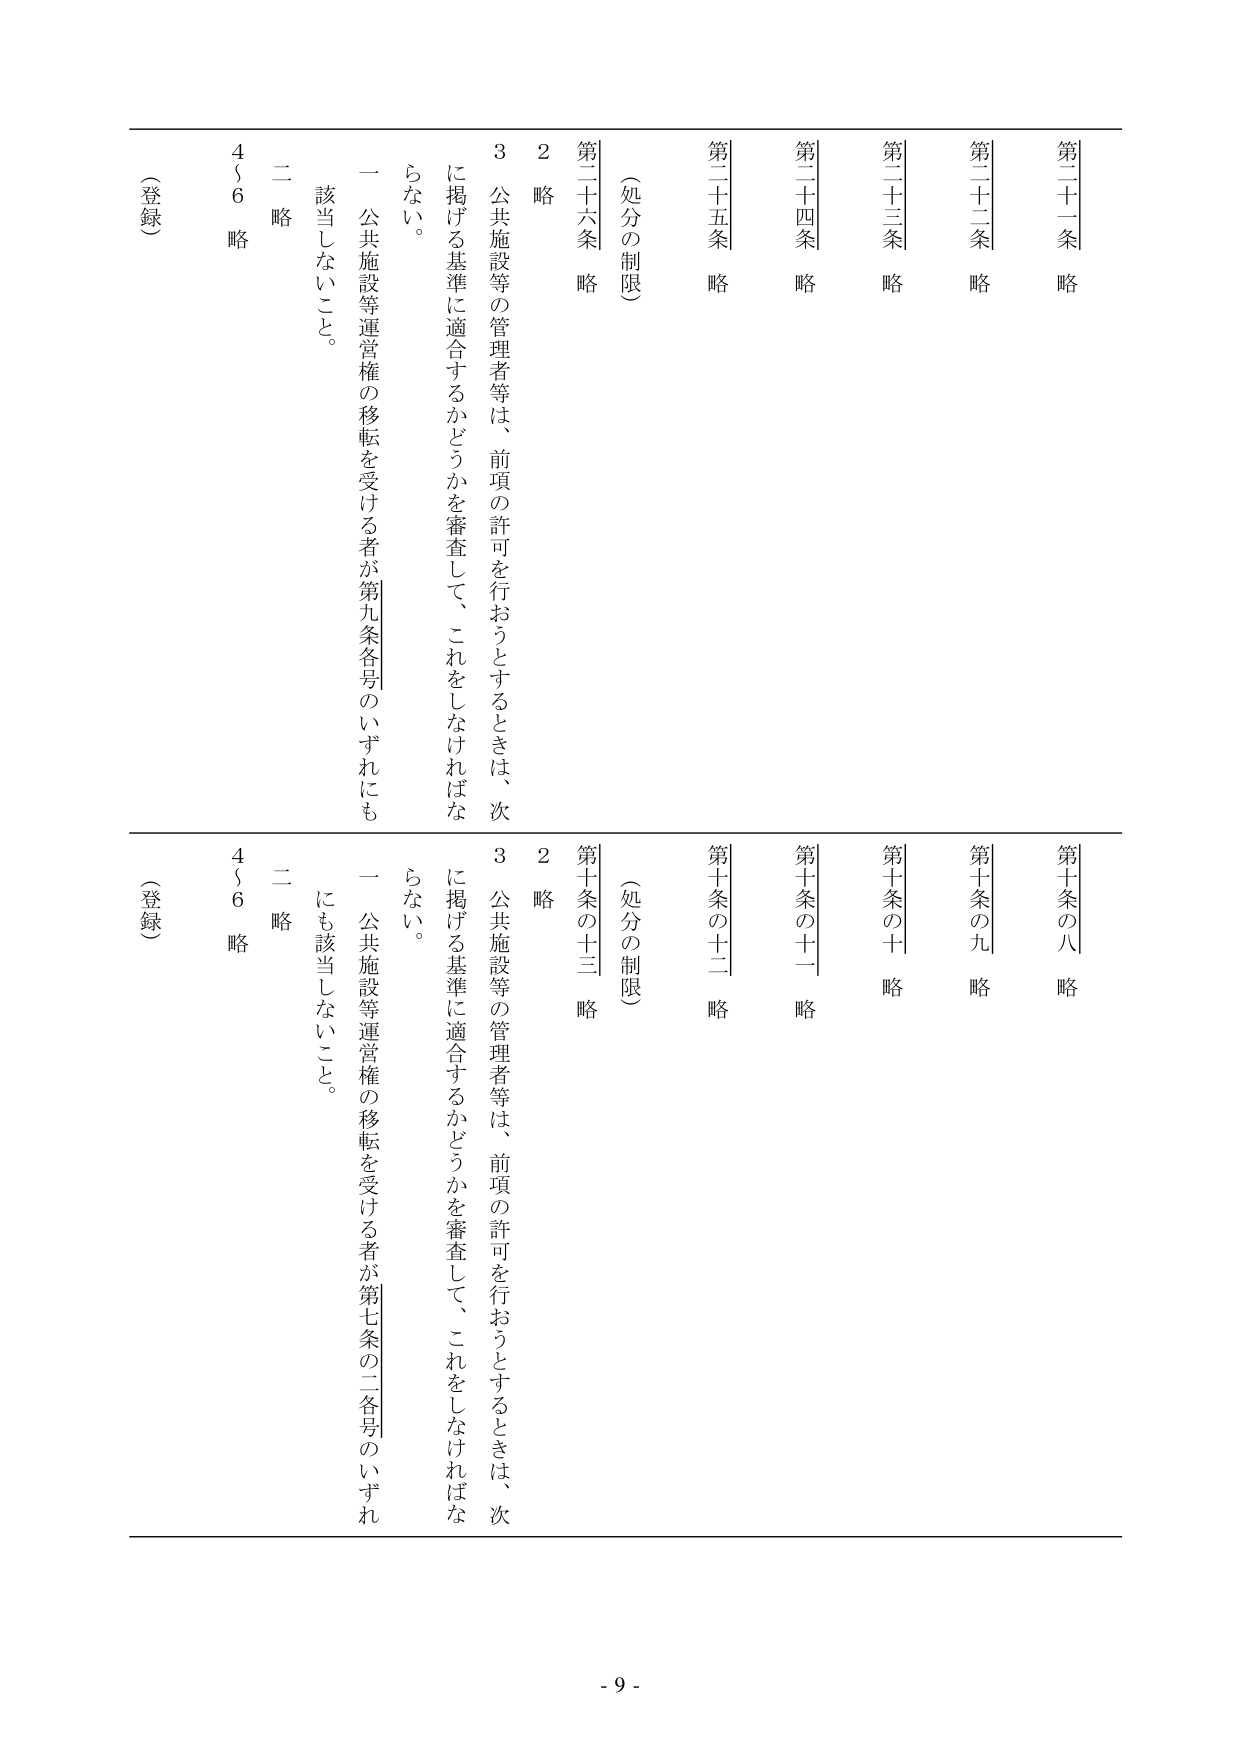
第二十一条 略
第二十二条 略
第二十三条 略
第二十四条 略
第二十五条 略
第二十六条 略

（処分の制限）

2 略
3 公共施設等の管理者等は、前項の許可を行おうとするときは、次に掲げる基準に適合するかどうかを審査して、これをしなければならない。
一 公共施設等運営権の移転を受ける者が第九条各号のいずれにも該当しないこと。
二 略
4～6 略

（登録）

第十条の八 略
第十条の九 略
第十条の十 略
第十条の十一 略
第十条の十二 略
第十条の十三 略

（処分の制限）

2 略
3 公共施設等の管理者等は、前項の許可を行おうとするときは、次に掲げる基準に適合するかどうかを審査して、これをしなければならない。
一 公共施設等運営権の移転を受ける者が第七条の二各号のいずれにも該当しないこと。
二 略
4～6 略

（登録）

- 9 -